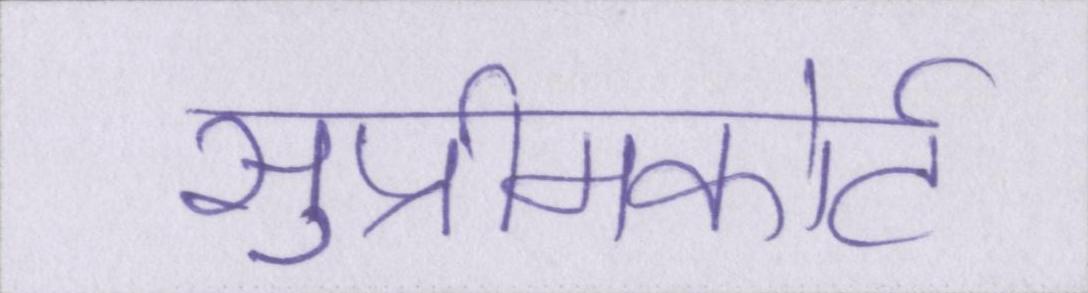
सुप्रीमकोर्ट